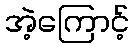
အဲ့ကြောင့်